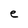
Character: e